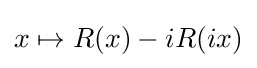
x\mapsto R(x)-iR(ix)